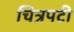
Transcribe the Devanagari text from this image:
चित्रपटी